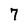
Character: 7